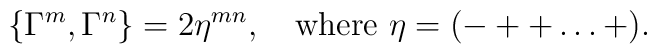
\{\Gamma^m, \Gamma^n\} = 2\eta^{mn}, \quad {\rm where}~ \eta = (- ++ \ldots +).